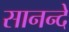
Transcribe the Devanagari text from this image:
सानन्दे